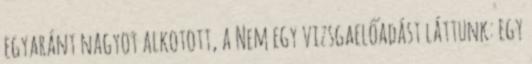
egyaránt nagyot alkotott, a Nem egy vizsgaelőadást láttunk: egy